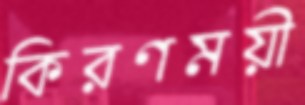
কিরণময়ী